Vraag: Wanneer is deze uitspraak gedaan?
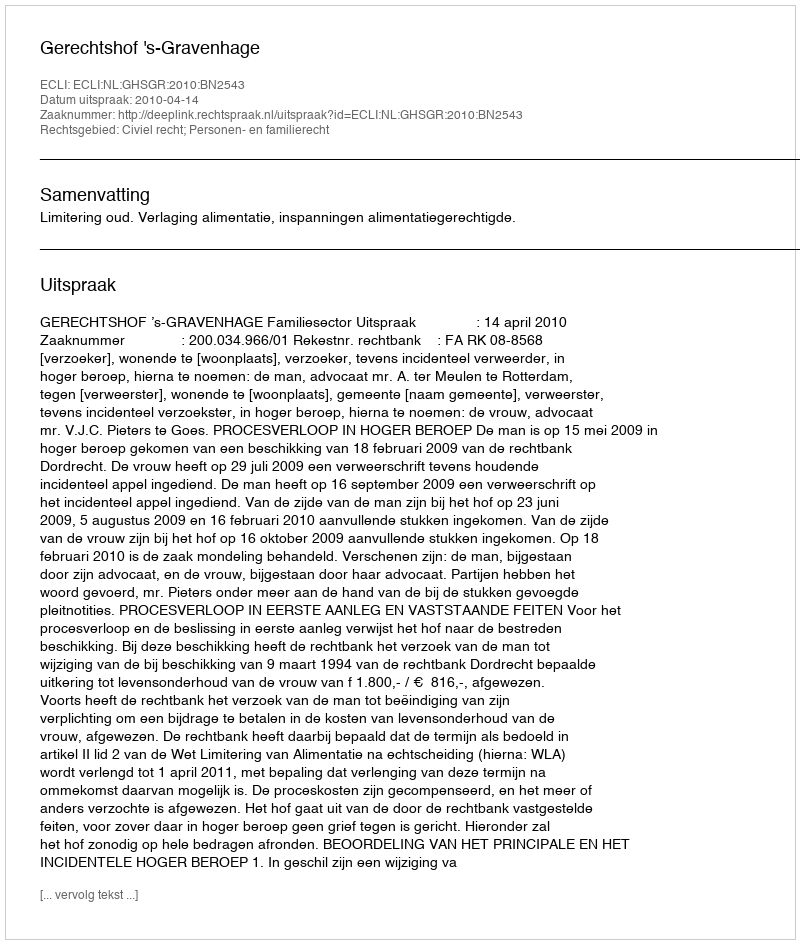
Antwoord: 2010-04-14